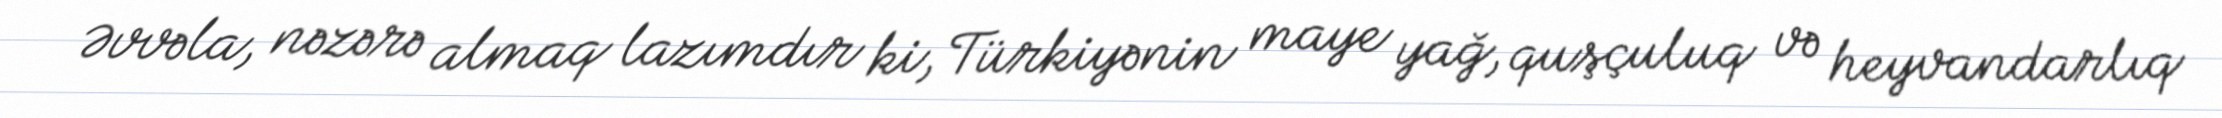
Əvvəla, nəzərə almaq lazımdır ki, Türkiyənin maye yağ, quşçuluq və heyvandarlıq